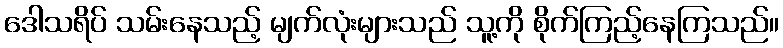
ဒေါသရိပ် သမ်းနေသည့် မျက်လုံးများသည် သူ့ကို စိုက်ကြည့်နေကြသည်။